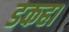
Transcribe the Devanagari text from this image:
डकहा